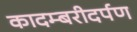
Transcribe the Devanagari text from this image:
कादम्बरीदर्पण